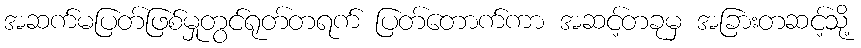
အဆက်မပြတ်ဖြစ်မှုတွင်ရုတ်တရက် ပြတ်တောက်ကာ အဆင့်တခုမှ အခြားတဆင့်သို့